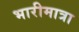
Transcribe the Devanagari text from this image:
भारीमात्रा